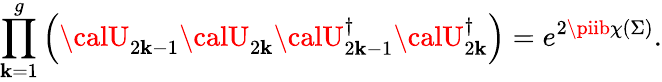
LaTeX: \prod_{\mathbf{k}=1}^{g}\left({\calU}_{2\mathbf{k}-1}{\calU}_{2\mathbf{k}}{\calU}_{2\mathbf{k}-1}^{\dagger}{\calU}_{2\mathbf{k}}^{\dagger}\right)=e^{2\piib\chi(\Sigma)}.